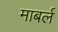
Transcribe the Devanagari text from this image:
माबर्ल